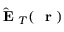
\hat { \mathrm { ~ \bf ~ E ~ } } _ { T } ( \mathrm { ~ \bf ~ r ~ } )